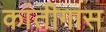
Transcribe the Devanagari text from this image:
कांतीगास